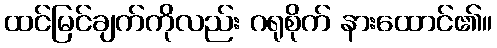
ထင်မြင်ချက်ကိုလည်း ဂရုစိုက် နားထောင်၏။